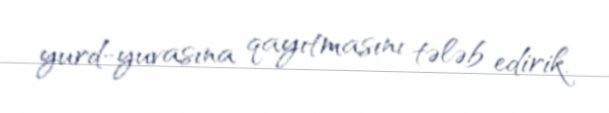
yurd-yuvasına qayıtmasını tələb edirik.